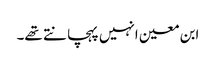
ابن معین انہیں پہچانتے تھے۔